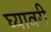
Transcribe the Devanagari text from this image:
घ्यावरी